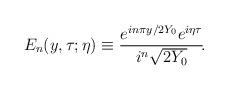
LaTeX: \begin{align*}E_n(y, \tau; \eta) \equiv{e^{i n\pi y / 2 Y_0} e^{i\eta \tau} \over i^n \sqrt{2 Y_0}}\!.\end{align*}